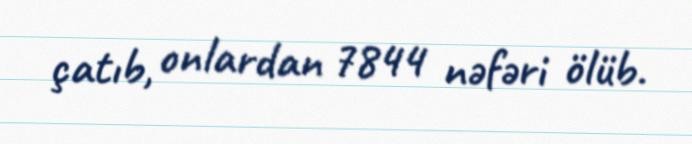
çatıb, onlardan 7844 nəfəri ölüb.